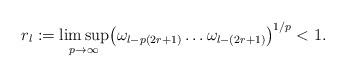
LaTeX: \begin{align*}r_{l}:=\limsup_{p\to\infty}\bigl(\omega _{l-p(2r+1)}\dots\omega _{l-(2r+1)} \bigr)^{1/p}<1.\end{align*}